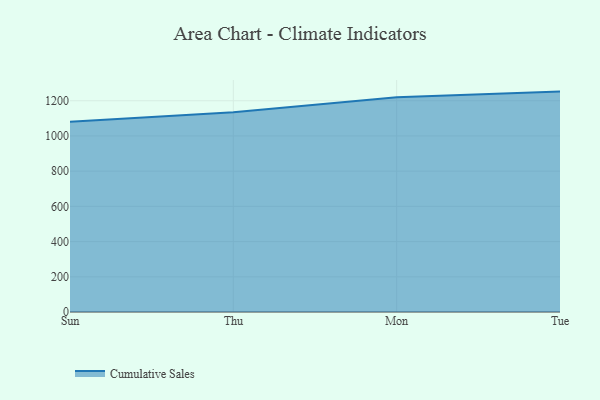
{"axis": {"x": "Day", "y": "Bounce Rate (%)"}, "legend": ["Cumulative Sales"], "data": [{"x": "Sun", "y": 1080.1, "type": "Cumulative Sales"}, {"x": "Thu", "y": 1135.1, "type": "Cumulative Sales"}, {"x": "Mon", "y": 1219.4, "type": "Cumulative Sales"}, {"x": "Tue", "y": 1251.9, "type": "Cumulative Sales"}]}